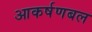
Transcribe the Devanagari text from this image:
आकर्षणबल